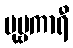
ပုဗ္ဗကာရီ